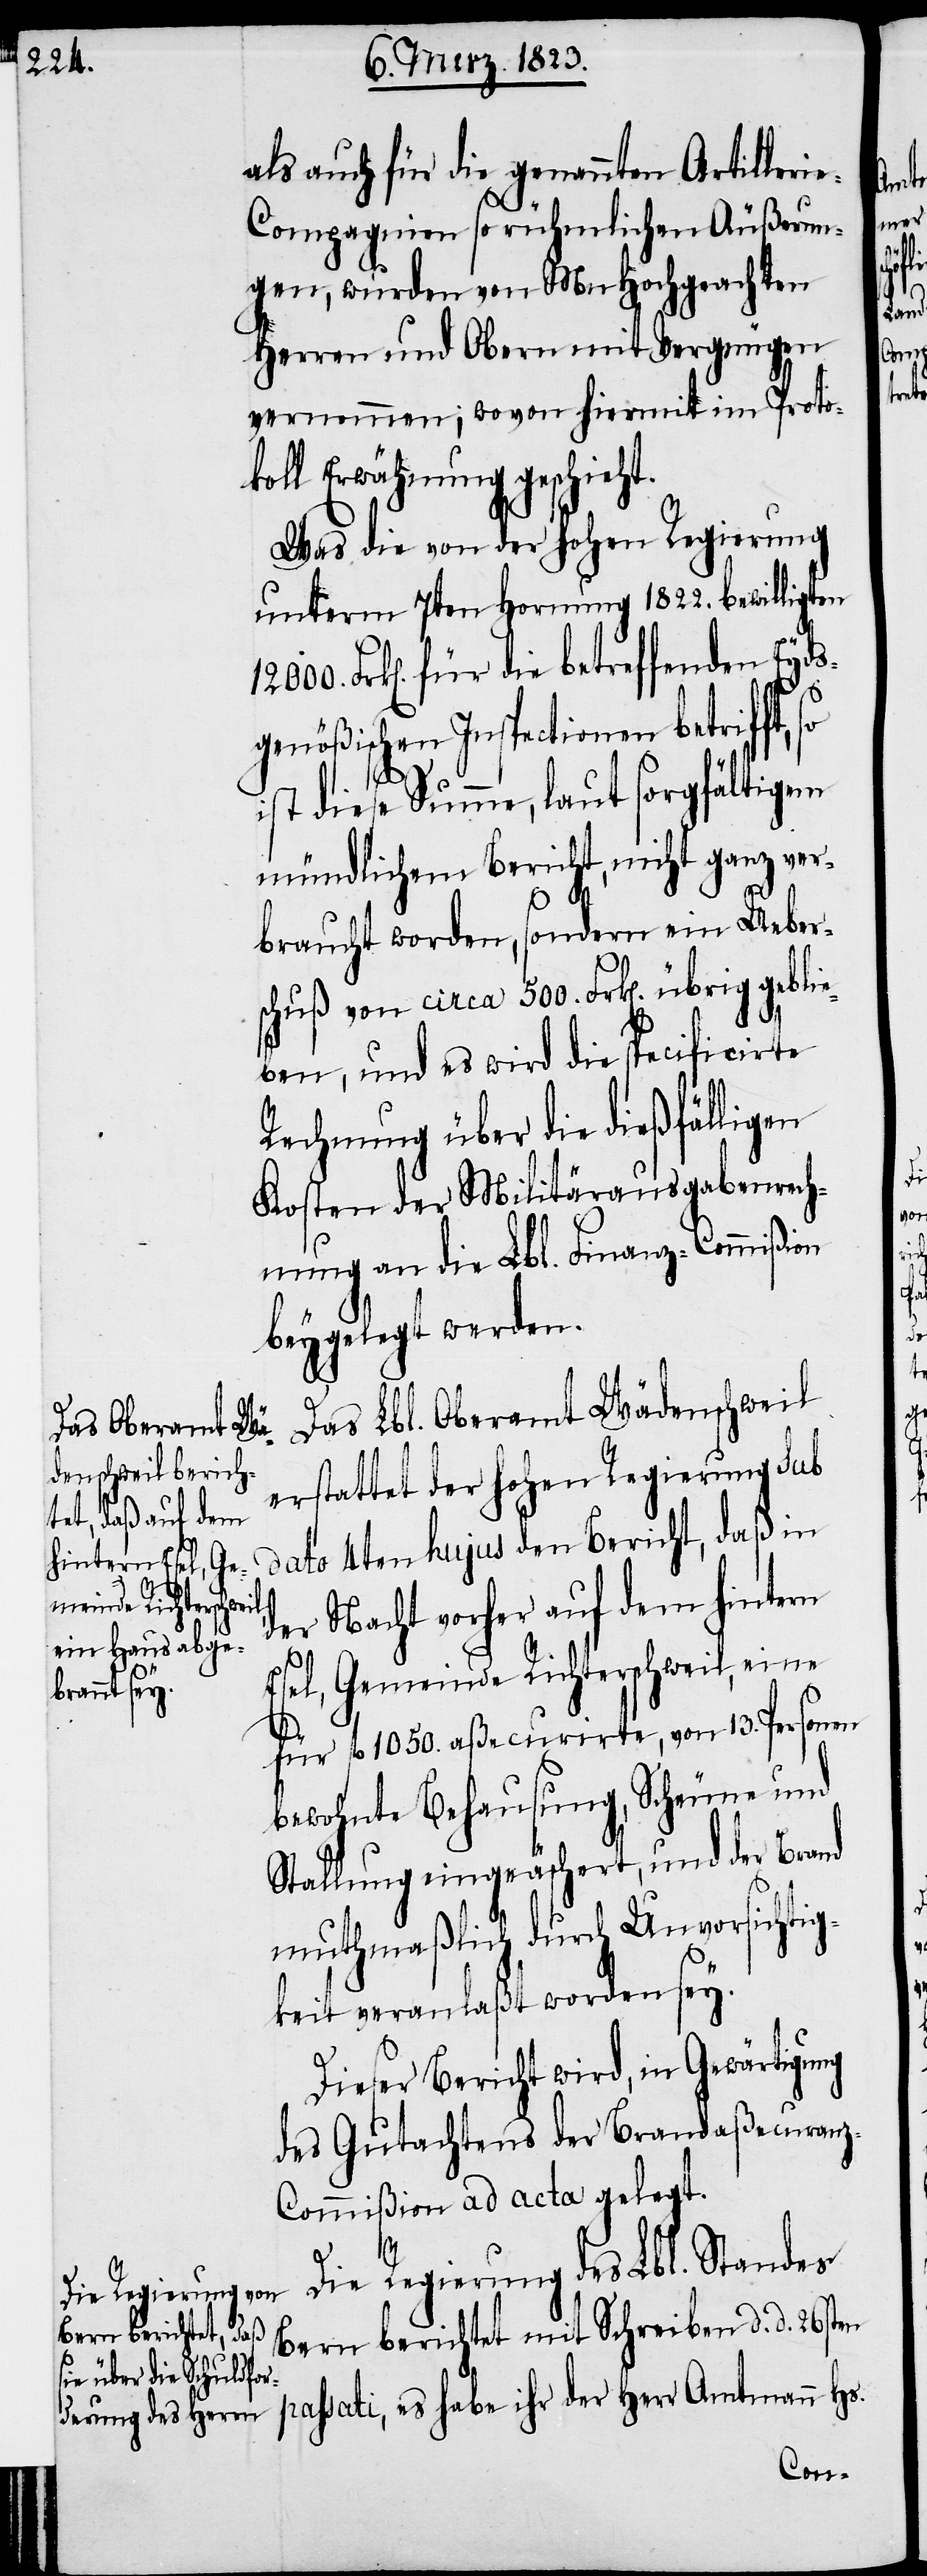
als auch für die genannten Artilleri¬
e-Compagnien so rühmlichen Äußerun¬
gen, wurden von MnHochgeachten
Herren und Obern mit Vergnügen
vernommen; wovon hiermit im Proto¬
koll Erwähnung geschieht.
Was die von der hohen Regierung
unterm 7ten Hornung 1822. bewilligten
Frk[en]. für die betreffenden Eyds¬
genößischen Inspectionen betrifft,
ist diese Summe, laut sorgfältigem
mündlichem Bericht, nicht ganz ver¬
braucht worden, sondern ein Ueber¬
schuß von circa 500. Frk[en]. übrig geblie¬
ben, und es wird die specificirte
Rechnung über die dießfälligen
Kosten der Militärausgabenrech¬
nung an die Lbl. Finanz-Commißion
beygelegt werden.
Das Lbl. Oberamt Wädenschweil
erstattet der hohen Regierung sub
dato 4ten hujus den Bericht, daß in
der Nacht vorher auf dem hintern
Esel, Gemeinde Richterschweil, eine
für fl. 1050. aßecurirte, von 13. Personen
bewohnte Behausung, Scheune und
Stallung eingeäschert, und der Brand
muthmaßlich durch Unvorsichtig¬
keit veranlaßt worden sey.
Dieser Bericht wird, in Gewärtigung
des Gutachtens der Brandaßecuran¬
z-Commißion ad acta gelegt.
Die Regierung des Lbl. Standes
Bern berichtet mit Schreiben d. d. 26sten

der